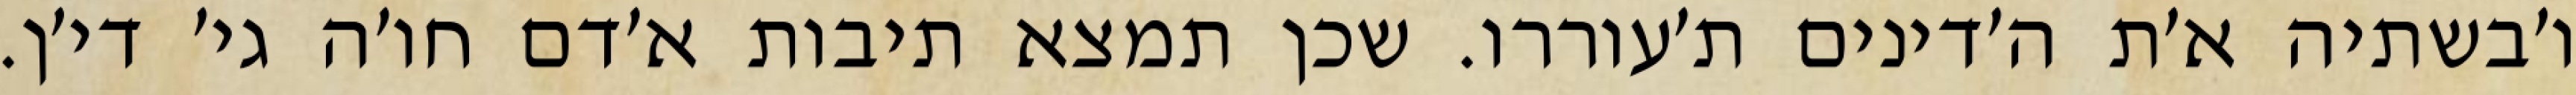
ו׳בשתיה א׳ת ה׳דינים ת׳עוררו. שכן תמצא תיבות א׳דם חו׳ה גי׳ די׳ן.